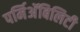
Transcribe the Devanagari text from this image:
पर्मिअॅबिलिटी